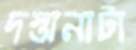
দস্তানাটা